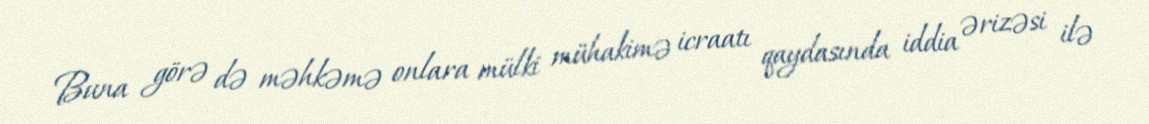
Buna görə də məhkəmə onlara mülki mühakimə icraatı qaydasında iddia ərizəsi ilə